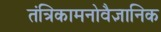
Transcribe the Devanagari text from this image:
तंत्रिकामनोवैज्ञानिक